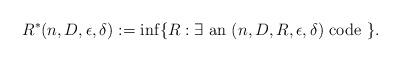
LaTeX: \begin{align*}R^{*} & (n, D, \epsilon, \delta) := \inf \{ R :\mbox{$\exists$ an $(n, D, R, \epsilon, \delta)$ {\rm code }} \}. \end{align*}